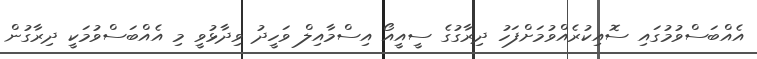
އެއްބަސްވުމުގައި ސޮއިކުރެއްވުމަށްފަހު ދިރާގުގެ ސީއީއޯ އިސްމާއިލް ވަހީދު ވިދާޅުވީ މި އެއްބަސްވުމަކީ ދިރާގުން